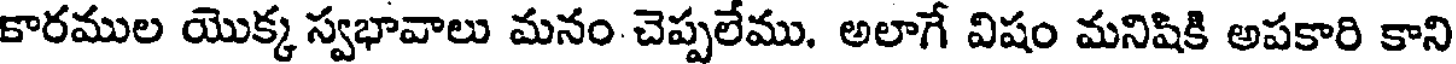
కారముల యొక్క స్వభావాలు మనం చెప్పలేము. అలాగే విషం మనిషికి అపకారి కాని